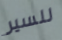
للسير